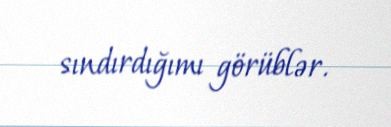
sındırdığımı görüblər.